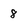
Character: 8